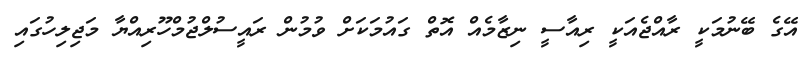
އޭގެ ބޭނުމަކީ ރާއްޖެއަކީ ރިއާސީ ނިޒާމެއް އޮތް ގައުމަކަށް ވުމުން ރައީސުލްޖުމްހޫރިއްޔާ މަޖިލިހުގައި